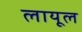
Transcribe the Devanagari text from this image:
लायूल